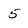
Character: 5